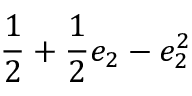
\displaystyle \frac { 1 } { 2 } + \frac { 1 } { 2 } e _ { 2 } - e _ { 2 } ^ { 2 }